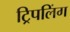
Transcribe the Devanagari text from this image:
ट्रिपलिंग